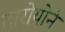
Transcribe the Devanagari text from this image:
दारोयोने